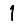
Digit: 1